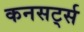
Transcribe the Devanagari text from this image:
कनसर्ट्स